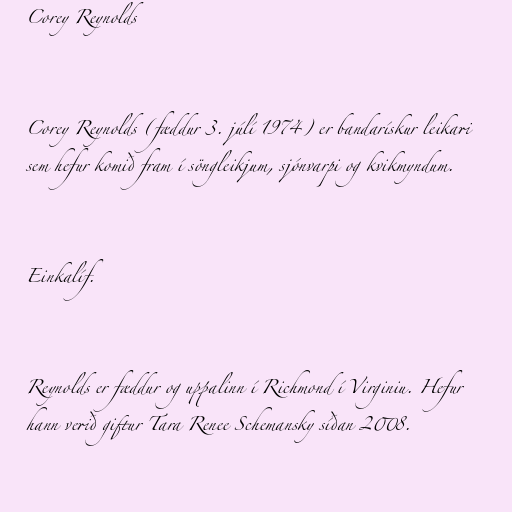
Corey Reynolds

Corey Reynolds (fæddur 3. júlí 1974) er bandarískur leikari
sem hefur komið fram í söngleikjum, sjónvarpi og kvikmyndum.

Einkalíf.

Reynolds er fæddur og uppalinn í Richmond í Virginiu. Hefur
hann verið giftur Tara Renee Schemansky síðan 2008.